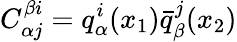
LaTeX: C_{\alpha j}^{\beta i}=q_{\alpha}^{i}(x_{1})\bar{q}_{\beta}^{j}(x_{2})